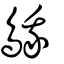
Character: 䳘